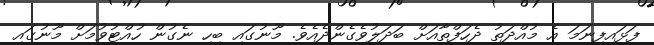
ފަޅައިފިނަމަ އެ މުއްދަތު ދެހަފްތާއަށް ބަދަލުވެގެންދެއެވެ. މޫނުގައި ބިހި ނެގުން ހުއްޓުވުމަށް މޫނުގައި